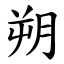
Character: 朔